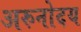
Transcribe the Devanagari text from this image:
अरुनोदय